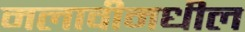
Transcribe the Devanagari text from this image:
मलावीमधील